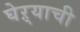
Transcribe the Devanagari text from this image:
घेऱ्याची